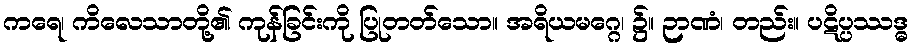
ကရေ၊ ကိလေသာတို့၏ ကုန်ခြင်းကို ပြုတတ်သော။ အရိယမဂ္ဂေ၊ ၌။ ဉာဏံ၊ တည်း။ ပဋိပ္ပဿဒ္ဓ